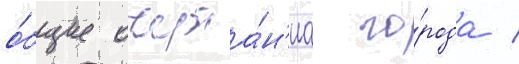
о́бщие очерта́н'иа го́рода /